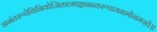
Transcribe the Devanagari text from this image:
अनंतरूपेविनियोजितात्माह्यनन्तरूपायनमोनमस्ते॥